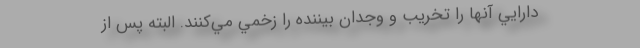
دارايي آنها را تخريب و وجدان بيننده را زخمي مي‌كنند. البته پس از